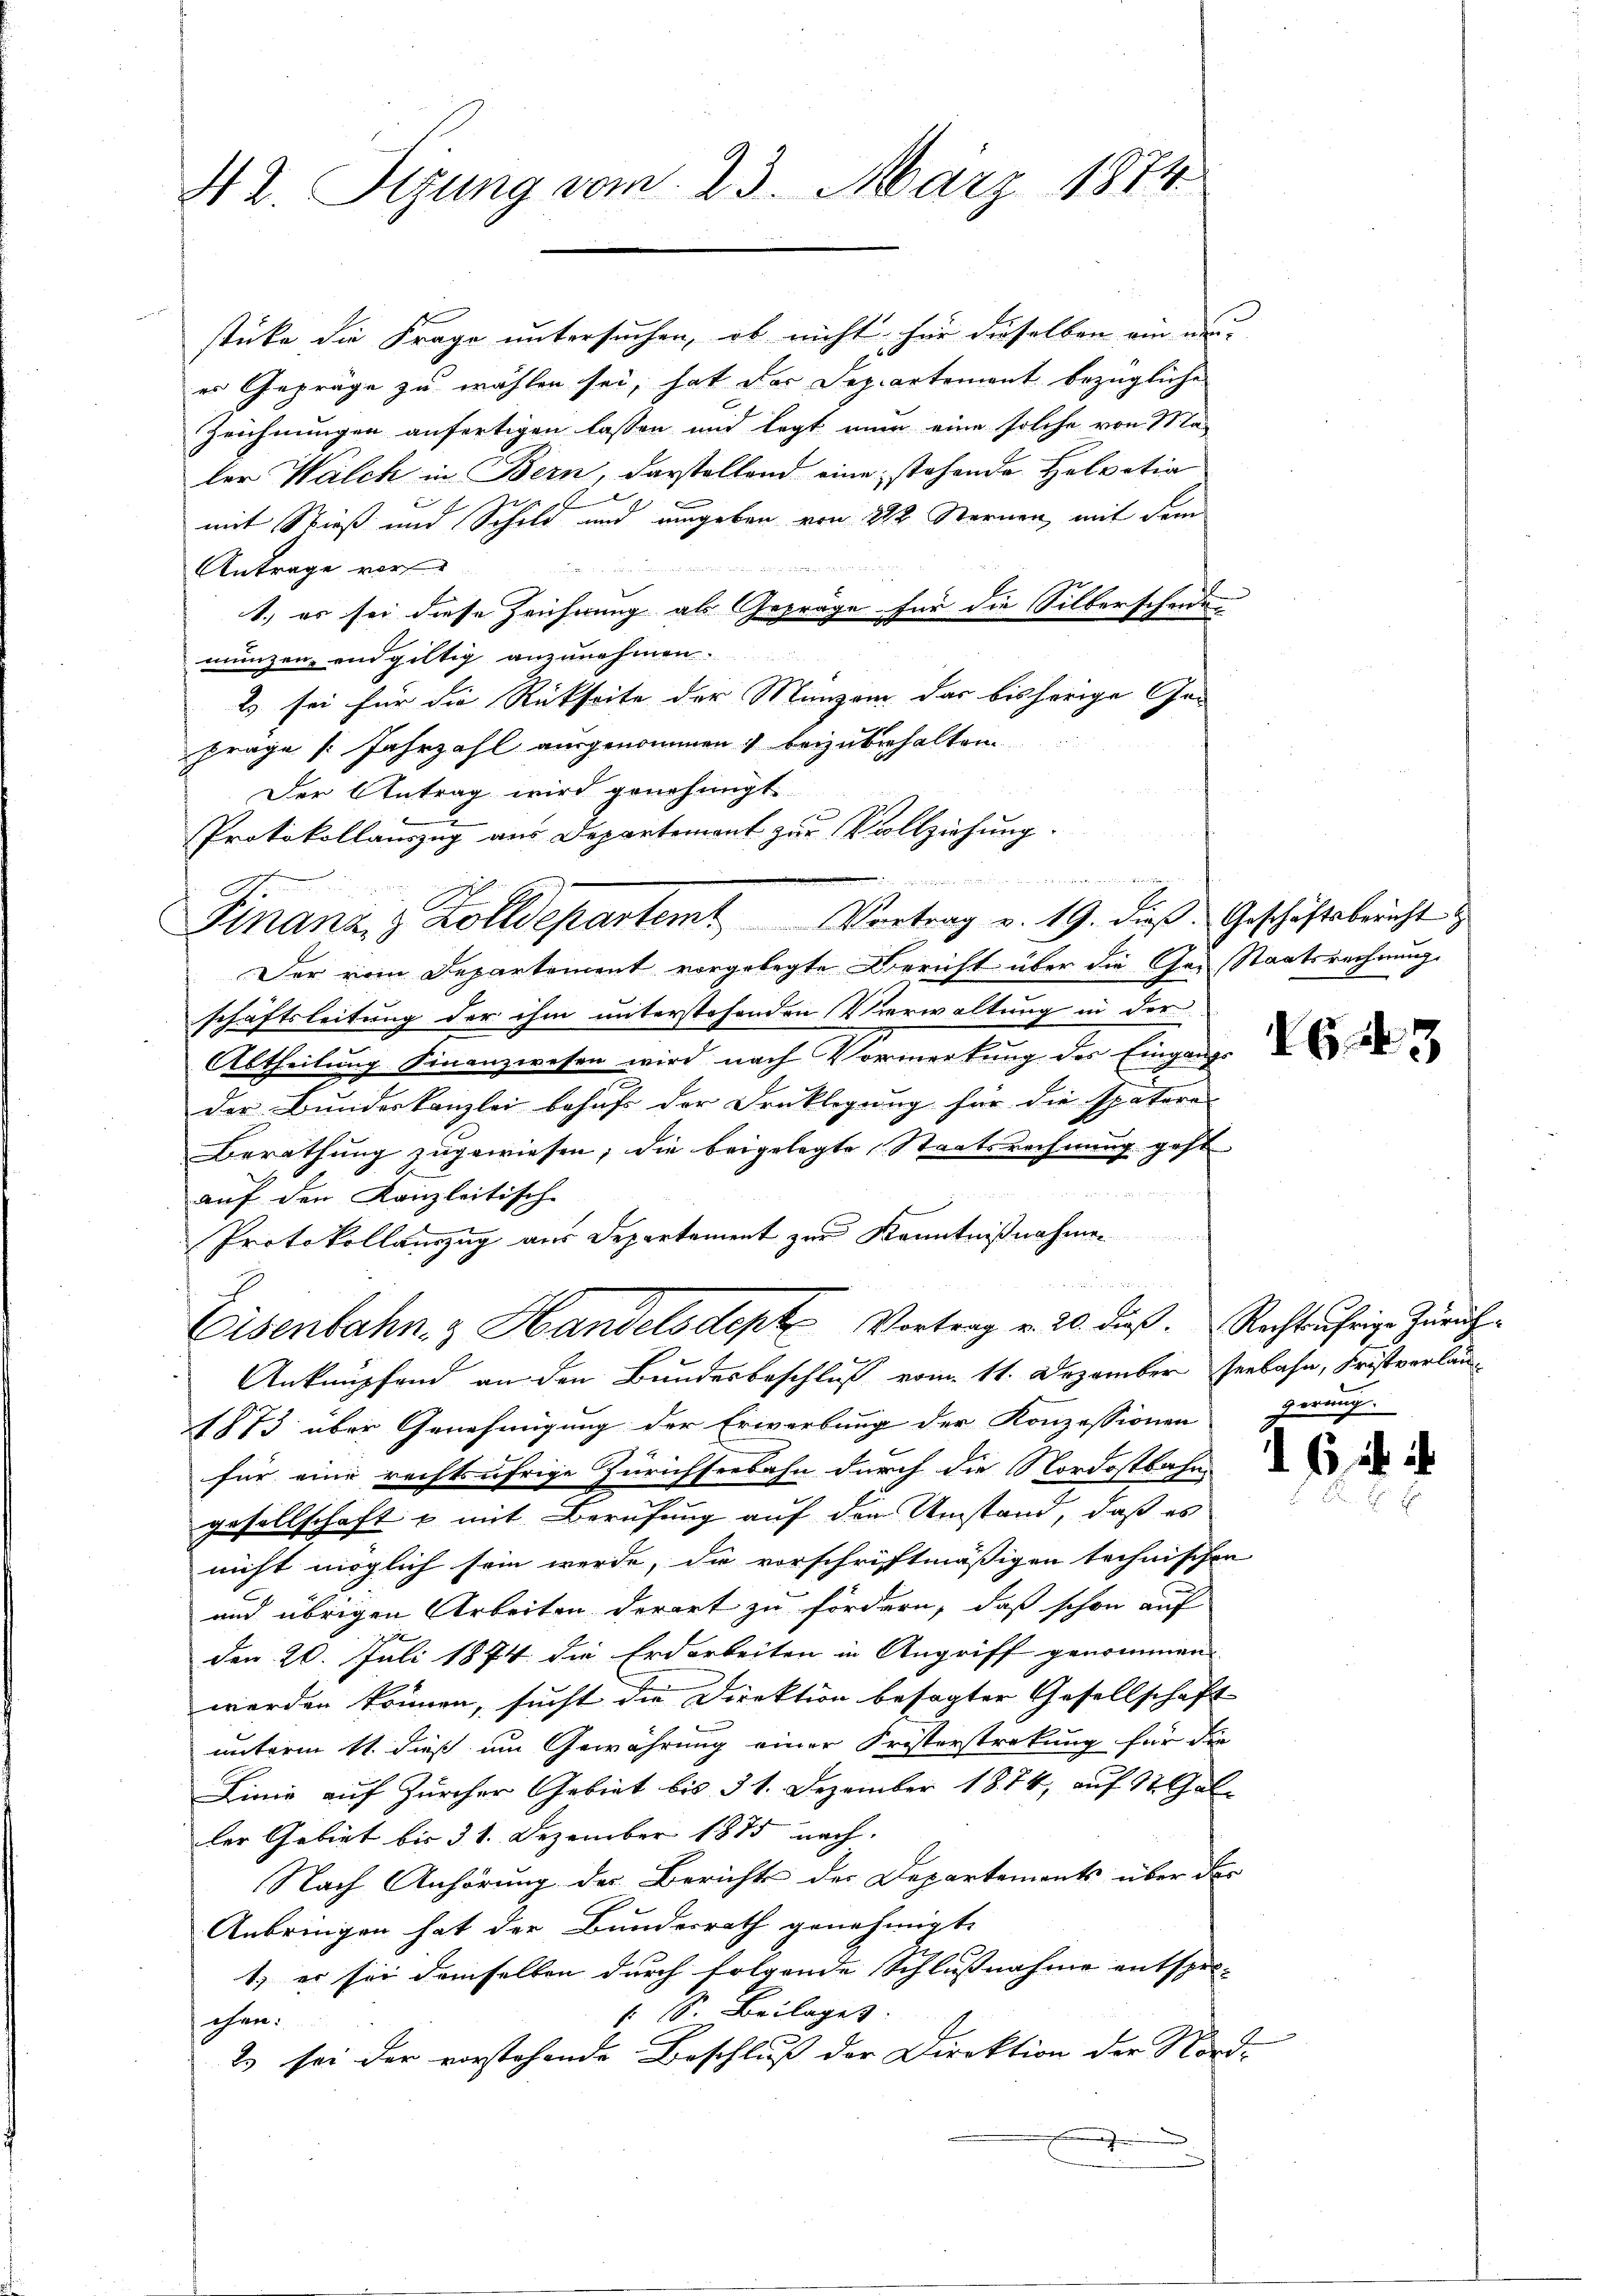
42. Sizung vom 23. März 1874.

stücke die Frage untersuchen, ob nicht für dieselben ein un
es Gepräge zu wählen sei, hat der Departement bezügliche
Zeichnungen anfertigen lassen und legt nun eine solche von Ma-
ler Walch in Bern, darstellend eine stehende Helvetia
1
.
mit Stieß und Schild und umgeben von 212 Sternen, mit dem

Antrage vor
1.) es sei diese Zeichnung als Gepräge für die Silberscheide
münzen, endgültig anzunehmen.
Es sei für die Rückseite der Manzen das bisherige Gefräge /: Jahrzahl ausgenommen beizubehalten
Der Antrag wird genehmigt.
Protokollauszug aus Departement zur Vollziehung.
2.

Finanz- & Zolldepartemt Vortrag v. 19. dieß Geschäftsbericht
Der vom Departement vorgelegte Bericht über die Ge-Staatsrechnung.
schaftsleitung der ihm unterstehenden Verwaltung in der
Abtheilung Finanzwesen wird nach Vormerkung des Eingange
der Bundeskanzlei behuf der Druklegung für die spätere
Berathung zugewiesen, die beigelegte Staatsrechnung geht

auf den Kanzleitisch-
Protokollauszug aus Departement zur Kenntnißnahmen
Anknüpfend an den Bundesbeschluß vom 11. Dezember zerbahn, Fristverlän¬
1873 über Genehmigung der Erwerbung der Konzessionen gerung
für eine rechtsährige Zürichseebahn durch die Nordostbahn
gesellschaft & mit Berufung auf den Umstand, daß es
nicht möglich sein werde, da vorschriftmäßigen technischen
und übrigen Arbeiten derart zu fördern, daß schon auf
den 20. Juli 1874 die Erdarbeiten in Angriff genommen
werden können, sucht die Direktion besagter Gesellschaft
unterm 11. dieß um Gewährung einer Fristerstrekung für die
Linie auf Zürcher Gebiet bis 31. Dezember 1874, auf St. Gal-
ler Gebiet bis 31. Dezember 1875 nach.
Nach Anhörung des Berichts der Departements über der
Anbringen hat der Bundesrath genehmigt.
1.) er sei demselben durch folgende Schlußnahme entsper-
1 S. Beilages.
chen.
2) sei der vorstehende Beschluß der Direktion der Nord-

Eisenbahn- & Handelsdept Vortrag v. 20. dieß. Rechtuhrige Zürich